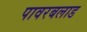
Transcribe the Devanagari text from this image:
पावरबलाड